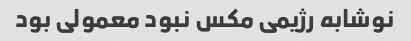
نوشابه رژیمی مکس نبود معمولی بود